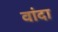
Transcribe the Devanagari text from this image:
वांदा